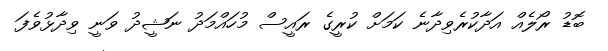
ބޮޑު ރޯލެއް އަދާކުރެވިދާނެ ކަމަށް ކުރީގެ ރައީސް މުހައްމަދު ނަޝީދު ވަނީ ވިދާޅުވެފަ